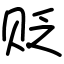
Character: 贬